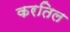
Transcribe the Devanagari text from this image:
करतिल